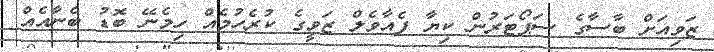
ޒަވިއަށް ބާސާގެ ސަޕޯޓަރުން ކިޔާ ފެއާވެލް ޒަވީގެ ކުރެހުމެއް ހިމެނޭ ބޮޑު ބެނާއެއް